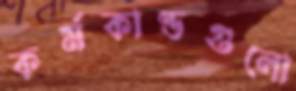
কর্মকাণ্ডগুলো